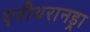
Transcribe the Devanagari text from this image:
एरीथरानड्रा